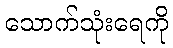
သောက်သုံးရေကို